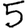
Digit: 5